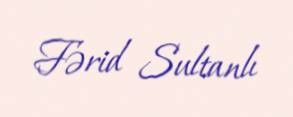
Fərid Sultanlı